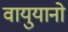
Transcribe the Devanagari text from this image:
वायुयानो